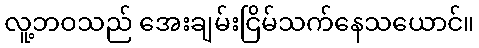
လူ့ဘဝသည် အေးချမ်းငြိမ်သက်နေသယောင်။